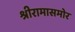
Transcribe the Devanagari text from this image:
श्रीरामासमोर